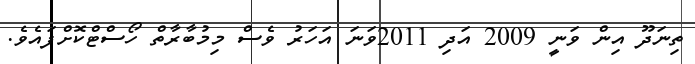
ތިނަދޫ އިން ވަނީ 2009 އަދި 2011ވަނަ އަހަރު ވެސް މިމުބާރާތް ހޯސްޓްކޮށްފައެވެ.